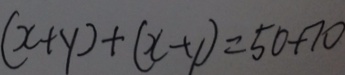
( x + y ) + ( x - y ) = 5 0 + 7 0